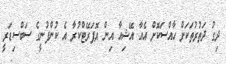
ދިގު ދަތުރުތަކަށް ހާއްސަކޮށް އެއާ އޭޝިއާ އިން އޮޕަރޭޓްކުރާ އެ ކުންފުނީގެ ސަބްސިޑަރީ